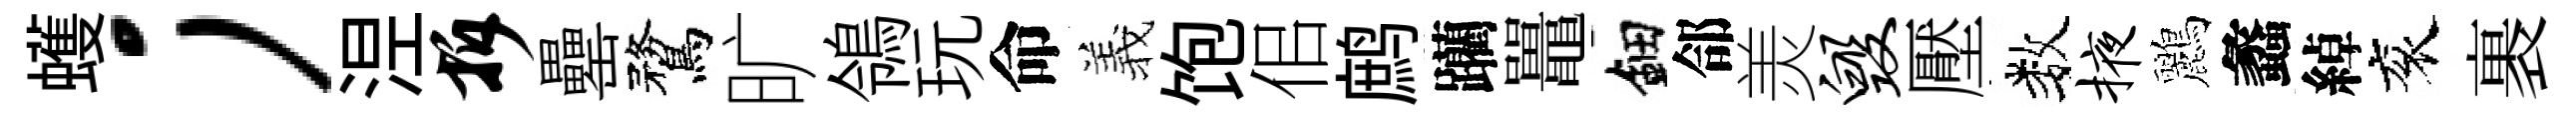
蠖；𣵀拆罍鶩旷鴒玩命羲饱佀鹧躪鼉鈿郃羙毁壓数掖鸝蠡綽衮裹